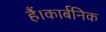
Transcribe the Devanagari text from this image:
हैं।कार्बनिक